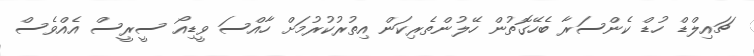
ޗައިލްޑް ހުޑް ކެންސަރާ ބެހޭގޮތުން ހޭލުންތެރިކަން އިތުރުކުރުމަށް ހާއްސަ ވީޑިއޯ ސީރީސް އެއްވެސް